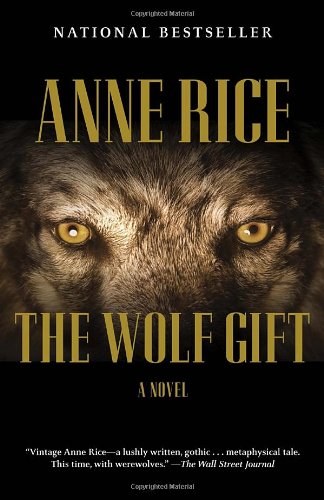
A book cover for The Wolf Gift: The Wolf Gift Chronicles (1); Anne Rice; Mystery, Thriller & Suspense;